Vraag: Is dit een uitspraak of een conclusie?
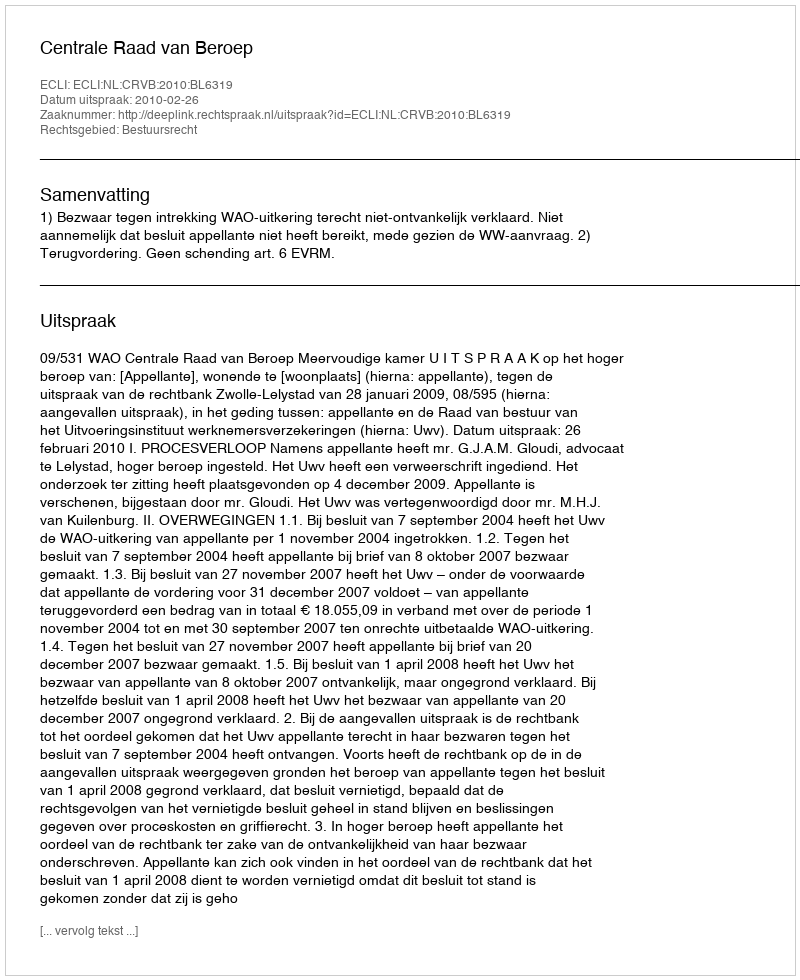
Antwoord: Uitspraak